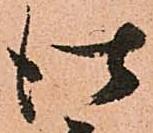
仕